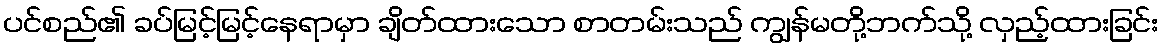
ပင်စည်၏ ခပ်မြင့်မြင့်နေရာမှာ ချိတ်ထားသော စာတမ်းသည် ကျွန်မတို့ဘက်သို့ လှည့်ထားခြင်း